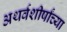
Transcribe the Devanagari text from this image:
अथर्वशीर्षांच्या